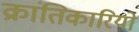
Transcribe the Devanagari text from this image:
क्रांतिकारियो